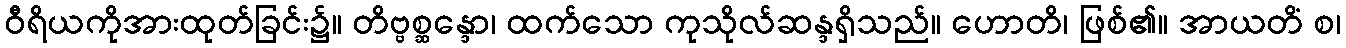
ဝီရိယကိုအားထုတ်ခြင်း၌။ တိဗ္ဗစ္ဆန္ဒော၊ ထက်သော ကုသိုလ်ဆန္ဒရှိသည်။ ဟောတိ၊ ဖြစ်၏။ အာယတိံ စ၊